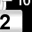
Digit: 2